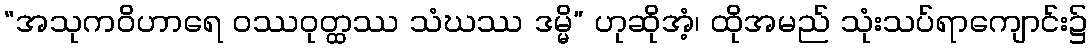
“အသုကဝိဟာရေ ဝဿဝုတ္ထဿ သံဃဿ ဒမ္မိ” ဟုဆိုအံ့၊ ထိုအမည် သုံးသပ်ရာကျောင်း၌